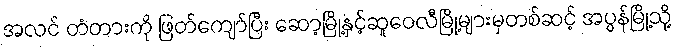
အလင် တံတားကို ဖြတ်ကျော်ပြီး ဆော့မြို့နှင့်ဆူဝေလီမြို့များမှတစ်ဆင့် အပ္ပန်မြို့သို့